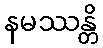
နမဿန္တိ